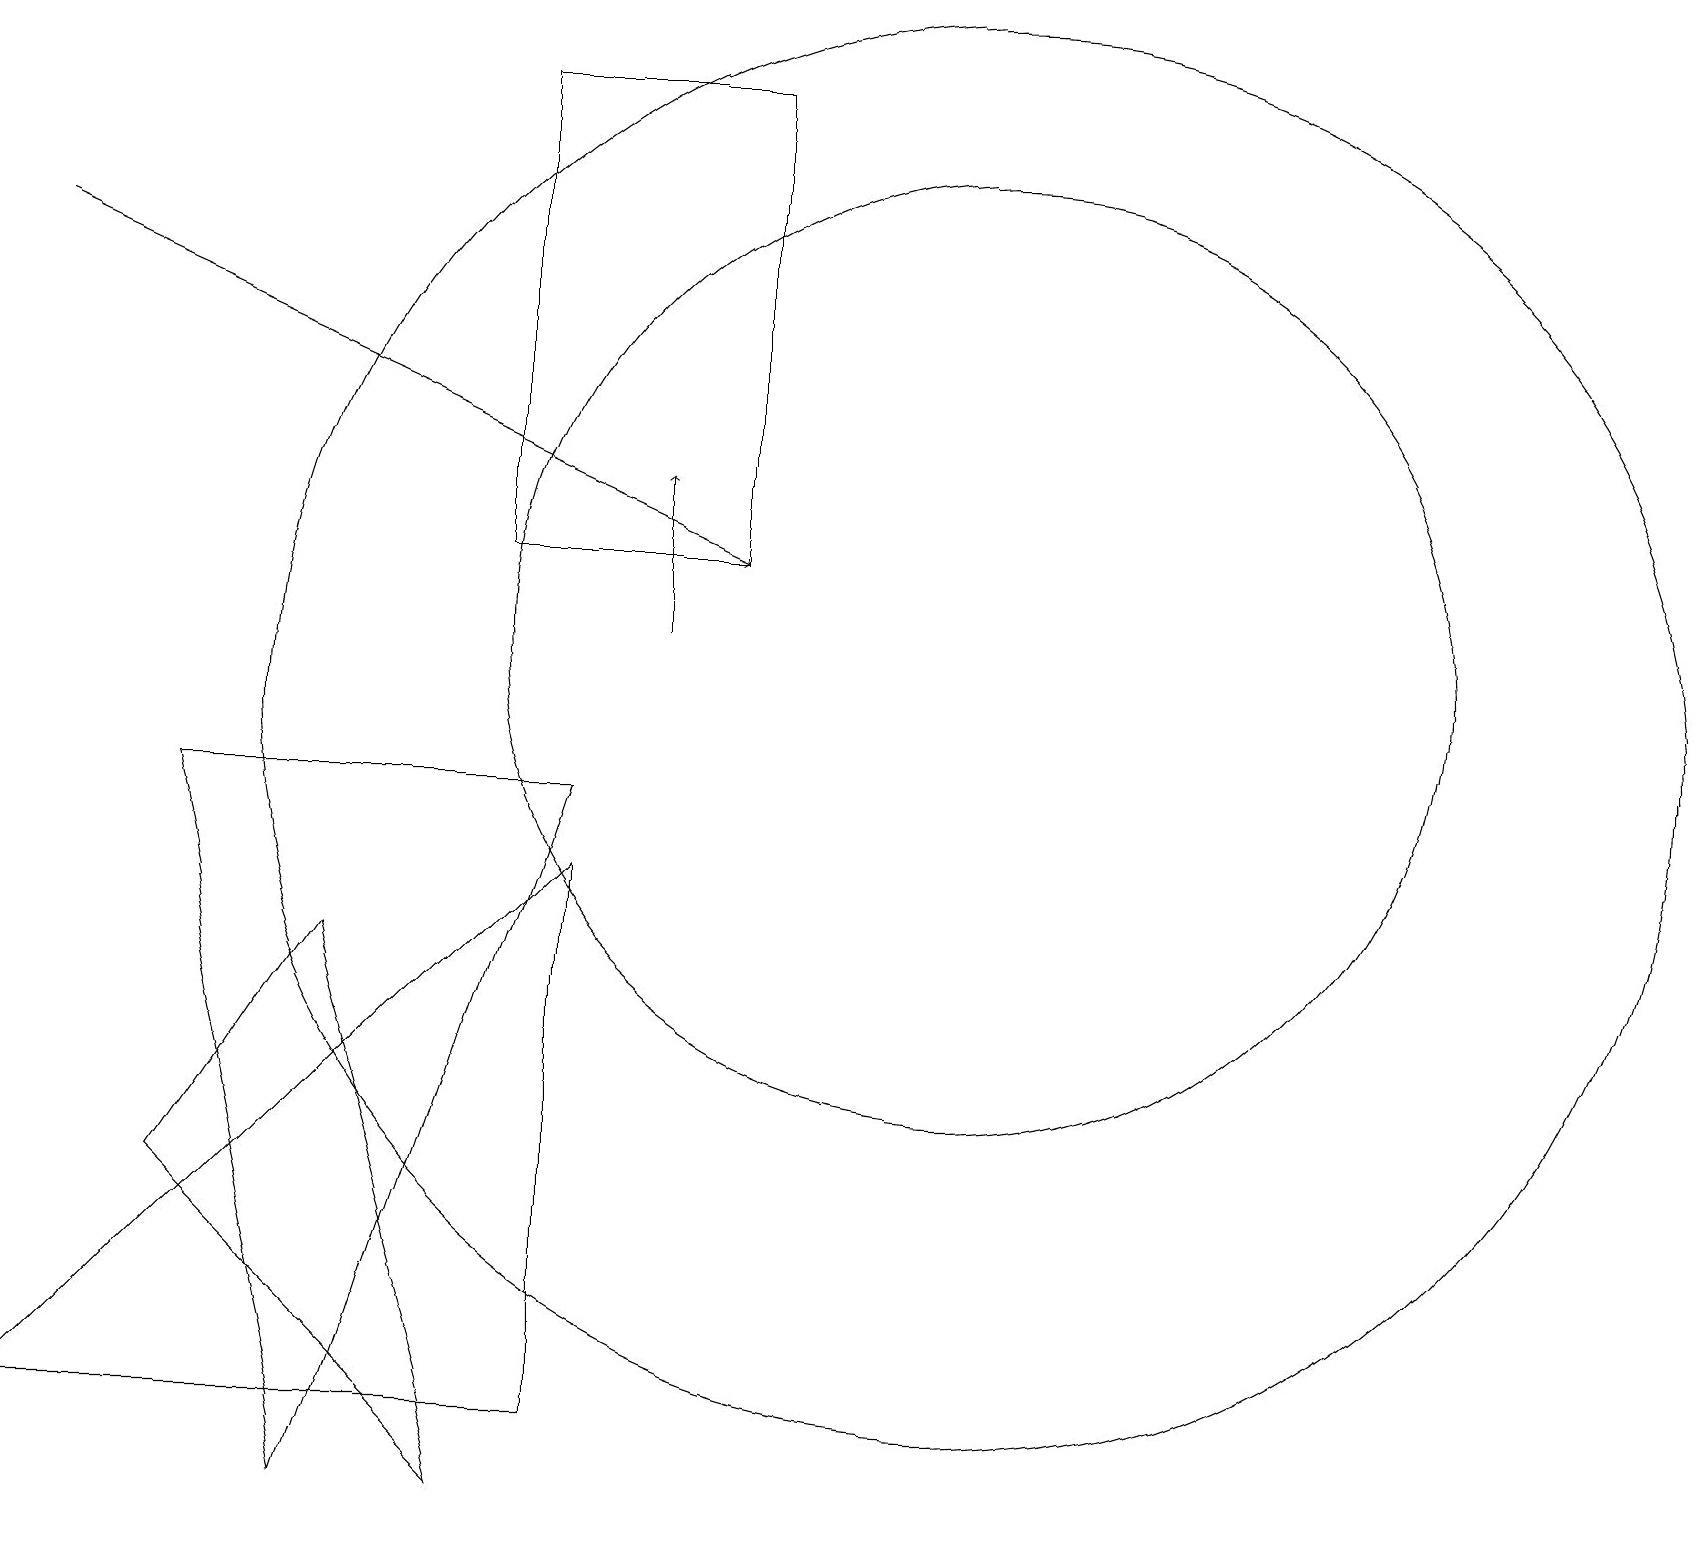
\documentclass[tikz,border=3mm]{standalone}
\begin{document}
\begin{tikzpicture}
\draw[->] (8,11) -- (8,13);
\draw (2,4) -- (4,7) -- (6,0) -- cycle;
\draw (2,9) -- (7,9) -- (4,0) -- cycle;
\draw (12,11) circle (6);
\draw (12,10) circle (9);
\draw (7,8) -- (7,1) -- (0,1) -- cycle;
\draw[->] (0,16) -- (9,12);
\draw (6,18) rectangle (9,12);
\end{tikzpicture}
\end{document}